Code of medical and sanitary regulations for the guidance of medical officers serving in the Madras Presidency - Volume II
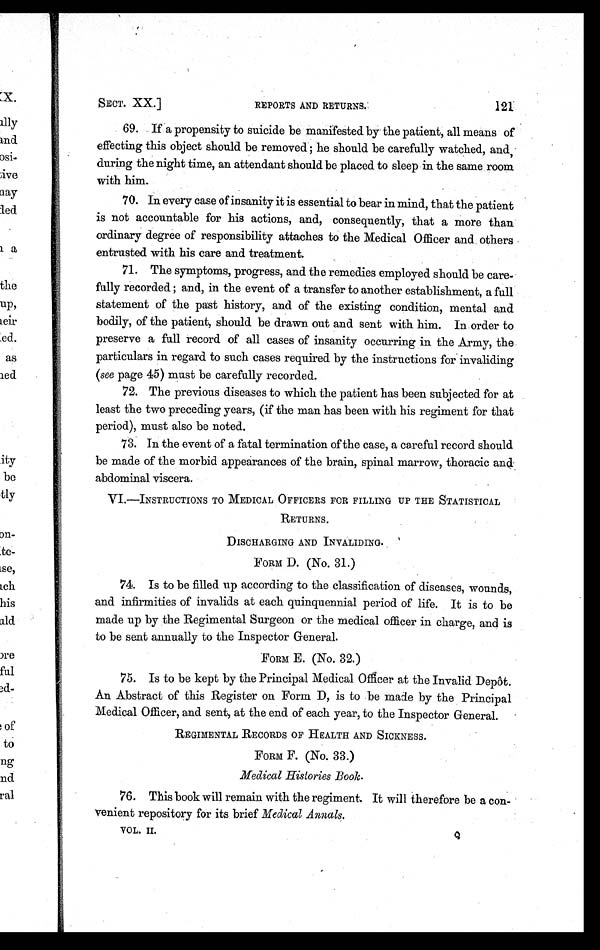
SECT. XX.]
REPORTS AND RETURNS.
121
69. If a propensity to suicide be manifested by the patient, all means of
effecting this object should be removed; he should be carefully watched, and,
during the night time, an attendant should be placed to sleep in the same room
with him.
70. In every case of insanity it is essential to bear in mind, that the patient
is not accountable for his actions, and, consequently, that a more than
ordinary degree of responsibility attaches to the Medical Officer and others
entrusted with his care and treatment.
71. The symptoms, progress, and the remedies employed should be care
- f u l l y r e c o r d e d ; a n d , i n t h e e v e n t o f a t r a n s f e r t o a n o t h e r e s t a b l i s h m e n t , a f u l l
statement of the past history, and of the existing condition, mental and
bodily, of the patient, should be drawn out and sent with him. In order to
preserve a full record of all cases of insanity occurring in the Army, the
particulars in regard to such cases required by the instructions for invaliding
(see page 45) must be carefully recorded.
72. The previous diseases to which the patient has been subjected for at
least the two preceding years, (if the man has been with his regiment for that
period), must also be noted.
73. In the event of a fatal termination of the case, a careful record should
be made of the morbid appearances of the brain, spinal marrow, thoracic and
abdominal viscera.
VI.—INSTRUCTIONS TO MEDICAL OFFICERS FOR FILLING UP THE STATISTICAL
RETURNS.
DISCHARGING AND INVALIDING.
FORM D. (No. 31.)
74. Is to be filled up according to the classification of diseases, wounds,
and infirmities of invalids at each quinquennial period of life. It is to be
made up by the Regimental Surgeon or the medical officer in charge, and is
to be sent annually to the Inspector General.
FORM E. (No. 32.)
75. Is to be kept by the Principal Medical Officer at the Invalid Depôt.
An Abstract of this Register on Form D, is to be made by the Principal
Medical Officer, and sent, at the end of each year, to the Inspector General.
REGIMENTAL RECORDS OF HEALTH AND SICKNESS.
FORM F. (No. 33.)
Medical Histories Book.
76. This book will remain with the regiment. It will therefore be a con-
venient repository for its brief Medical Annals.
VOL. II. Q